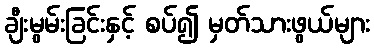
ချီးမွမ်းခြင်းနှင့် စပ်၍ မှတ်သားဖွယ်များ